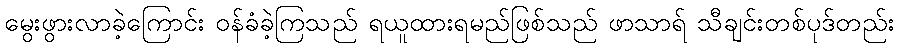
မွေးဖွားလာခဲ့ကြောင်း ဝန်ခံခဲ့ကြသည် ရယူထားရမည်ဖြစ်သည် ဖာသာရ် သီချင်းတစ်ပုဒ်တည်း